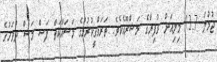
ޖުމުލަ 13.7 މިލިއަން ރުފިޔާގެ މަޝްރޫއެކެވެ. ތަރައްގީކުރުމުގެ މަސައްކަތް ފަސް މަސް ދުވަހުގެ